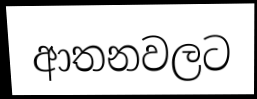
ආතනවලට